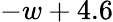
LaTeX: -w+4.6